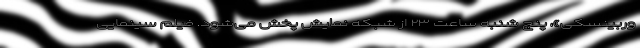
وربینسکی»، پنج شنبه ساعت ۲۳ از شبکه نمایش پخش می‌شود. فیلم سینمایی